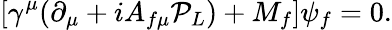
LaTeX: \left[\gamma^{\mu}(\partial_{\mu}+iA_{f\mu}{\cal P}_{L})+M_{f}\right]\psi_{f}=0.